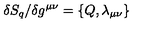
\delta S _ { q } / \delta g ^ { \mu \nu } = \{ Q , \lambda _ { \mu \nu } \}